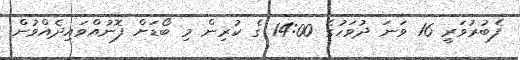
ފެބުރުވަރީ 16 ވަނަ ދުވަހުގެ 14:00 ގެ ކުރިން މި ބޯޑަށް ފޮނުއްވައިދެއްވުން